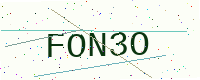
Text: FON3O